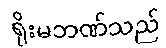
ရိုးမဘဏ်သည်